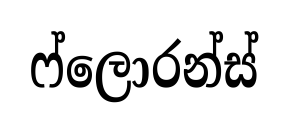
ෆ්ලොරන්ස්